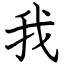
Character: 我